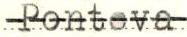
Ponteva